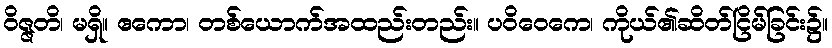
ဝိဇ္ဇတိ၊ မရှိ။ ဧကော၊ တစ်ယောက်အထည်းတည်း။ ပဝိဝေကေ၊ ကိုယ်၏ဆိတ်ငြိမ်ခြင်း၌။